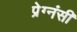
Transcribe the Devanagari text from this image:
प्रेग्नंसी